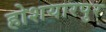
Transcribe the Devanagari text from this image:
होशयारपुर